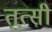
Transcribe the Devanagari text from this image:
तूत्सी